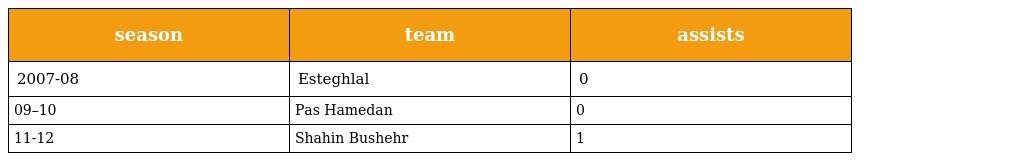
| season | team | assists |
 | --- | --- | --- |
 | 2007-08 | Esteghlal | 0 |
 | 09–10 | Pas Hamedan | 0 |
 | 11-12 | Shahin Bushehr | 1 |